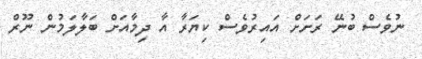
ނުވެސް ބުނޭ ރަށަށް އައިރުވެސް ކިޔަރާ އާ ދިމާއަށް ބަލާލަމުން ނޫރް